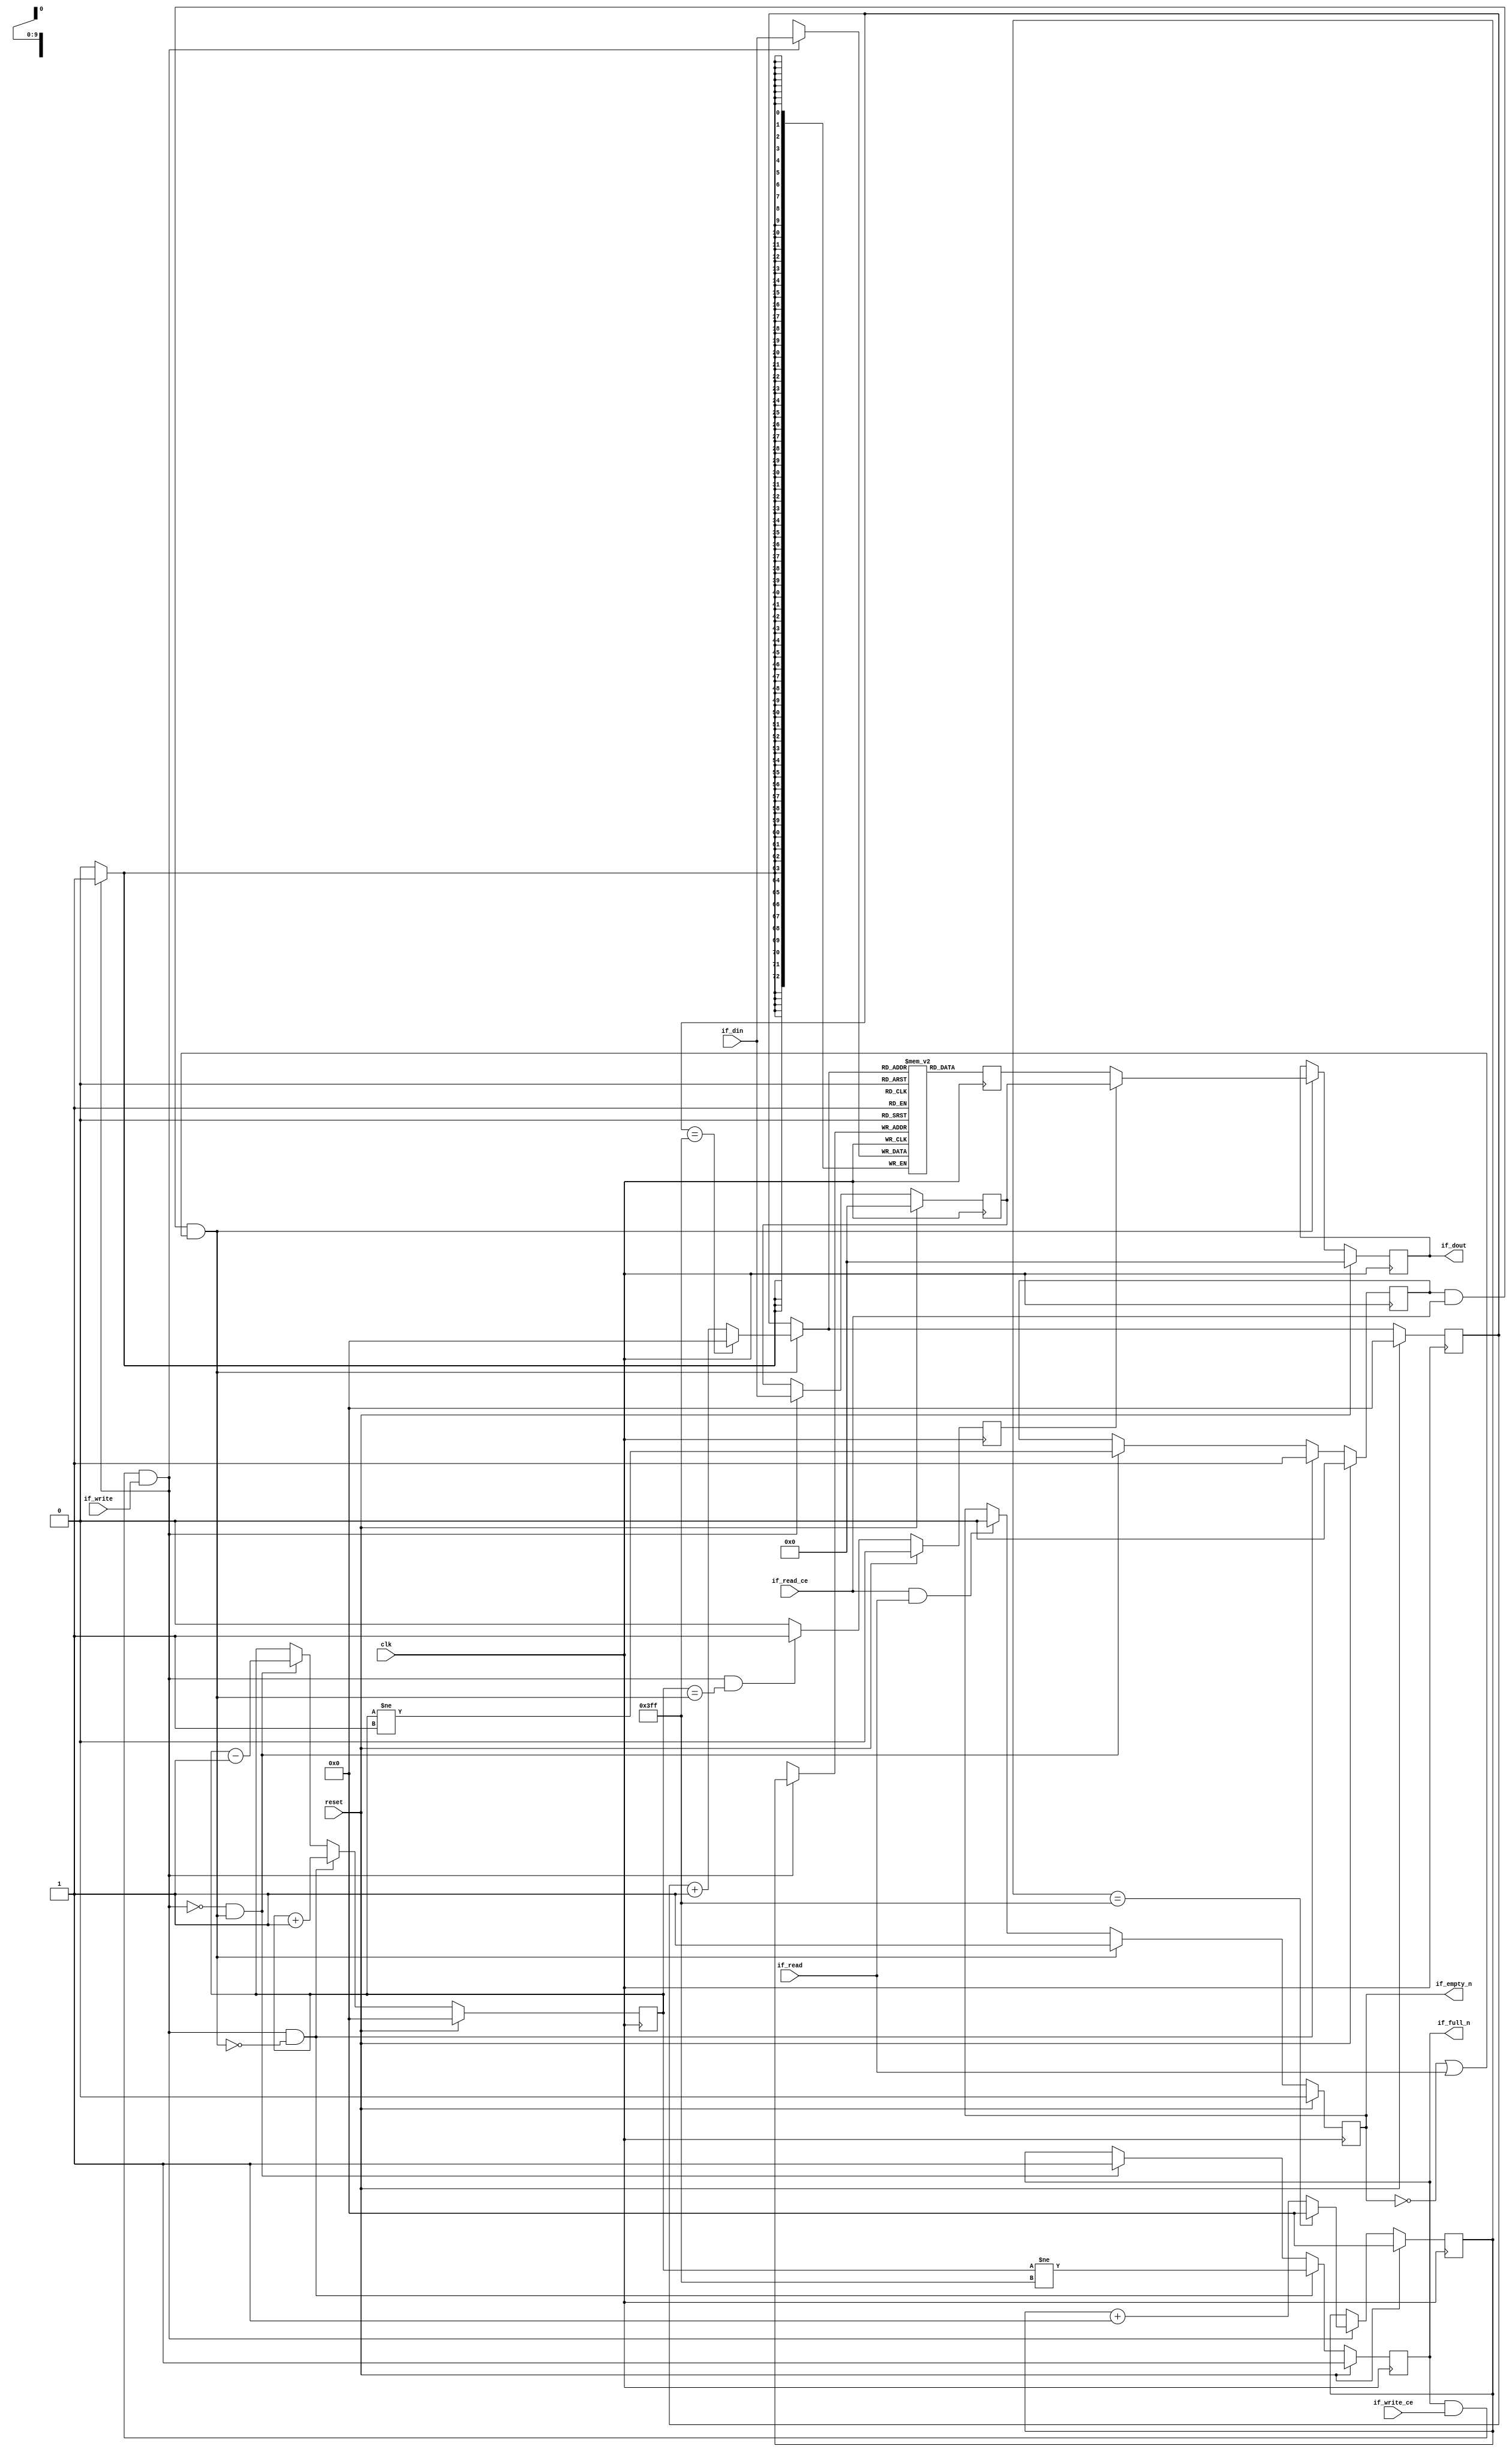
// This program was cloned from: https://github.com/mustafabbas/ECE1373_2016_hft_on_fpga
// License: MIT License

// ==============================================================
// File generated by Vivado(TM) HLS - High-Level Synthesis from C, C++ and SystemC
// Version: 2016.3
// Copyright (C) 1986-2016 Xilinx, Inc. All Rights Reserved.
// 
// ==============================================================


`timescale 1ns/1ps

module udpCapitalize_lb_bkb
#(parameter
    MEM_STYLE  = "block",
    DATA_WIDTH = 73,
    ADDR_WIDTH = 10,
    DEPTH      = 1024
)
(
    // system signal
    input  wire                  clk,
    input  wire                  reset,

    // write
    output wire                  if_full_n,
    input  wire                  if_write_ce,
    input  wire                  if_write,
    input  wire [DATA_WIDTH-1:0] if_din,

    // read
    output wire                  if_empty_n,
    input  wire                  if_read_ce,
    input  wire                  if_read,
    output wire [DATA_WIDTH-1:0] if_dout
);
//------------------------Parameter----------------------

//------------------------Local signal-------------------
(* ram_style = MEM_STYLE *)
reg  [DATA_WIDTH-1:0] mem[0:DEPTH-1];
reg  [DATA_WIDTH-1:0] q_buf = 1'b0;
reg  [ADDR_WIDTH-1:0] waddr = 1'b0;
reg  [ADDR_WIDTH-1:0] raddr = 1'b0;
wire [ADDR_WIDTH-1:0] wnext;
wire [ADDR_WIDTH-1:0] rnext;
wire                  push;
wire                  pop;
reg  [ADDR_WIDTH-1:0] usedw = 1'b0;
reg                   full_n = 1'b1;
reg                   empty_n = 1'b0;
reg  [DATA_WIDTH-1:0] q_tmp = 1'b0;
reg                   show_ahead = 1'b0;
reg  [DATA_WIDTH-1:0] dout_buf = 1'b0;
reg                   dout_valid = 1'b0;


//------------------------Instantiation------------------

//------------------------Task and function--------------

//------------------------Body---------------------------
assign if_full_n  = full_n;
assign if_empty_n = dout_valid;
assign if_dout    = dout_buf;
assign push       = full_n & if_write_ce & if_write;
assign pop        = empty_n & if_read_ce & (~dout_valid | if_read);
assign wnext      = !push                ? waddr :
                    (waddr == DEPTH - 1) ? 1'b0  :
                    waddr + 1'b1;
assign rnext      = !pop                 ? raddr :
                    (raddr == DEPTH - 1) ? 1'b0  :
                    raddr + 1'b1;

// waddr
always @(posedge clk) begin
    if (reset == 1'b1)
        waddr <= 1'b0;
    else
        waddr <= wnext;
end

// raddr
always @(posedge clk) begin
    if (reset == 1'b1)
        raddr <= 1'b0;
    else
        raddr <= rnext;
end

// usedw
always @(posedge clk) begin
    if (reset == 1'b1)
        usedw <= 1'b0;
    else if (push & ~pop)
        usedw <= usedw + 1'b1;
    else if (~push & pop)
        usedw <= usedw - 1'b1;
end

// full_n
always @(posedge clk) begin
    if (reset == 1'b1)
        full_n <= 1'b1;
    else if (push & ~pop)
        full_n <= (usedw != DEPTH - 1);
    else if (~push & pop)
        full_n <= 1'b1;
end

// empty_n
always @(posedge clk) begin
    if (reset == 1'b1)
        empty_n <= 1'b0;
    else if (push & ~pop)
        empty_n <= 1'b1;
    else if (~push & pop)
        empty_n <= (usedw != 1'b1);
end

// mem
always @(posedge clk) begin
    if (push)
        mem[waddr] <= if_din;
end

// q_buf
always @(posedge clk) begin
    q_buf <= mem[rnext];
end

// q_tmp
always @(posedge clk) begin
    if (reset == 1'b1)
        q_tmp <= 1'b0;
    else if (push)
        q_tmp <= if_din;
end

// show_ahead
always @(posedge clk) begin
    if (reset == 1'b1)
        show_ahead <= 1'b0;
    else if (push && usedw == pop)
        show_ahead <= 1'b1;
    else
        show_ahead <= 1'b0;
end

// dout_buf
always @(posedge clk) begin
    if (reset == 1'b1)
        dout_buf <= 1'b0;
    else if (pop)
        dout_buf <= show_ahead? q_tmp : q_buf;
end

// dout_valid
always @(posedge clk) begin
    if (reset == 1'b1)
        dout_valid <= 1'b0;
    else if (pop)
        dout_valid <= 1'b1;
    else if (if_read_ce & if_read)
        dout_valid <= 1'b0;
end

endmodule